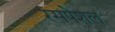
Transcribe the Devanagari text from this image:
रसपेशल